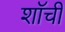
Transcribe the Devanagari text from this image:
शॉची